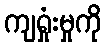
ကျရှုံးမှုကို